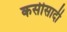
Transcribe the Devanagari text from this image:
कसीसादी